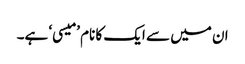
ان میں سے ایک کا نام ’میسی‘ ہے۔